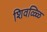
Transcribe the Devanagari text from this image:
शिवळ्ळि